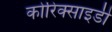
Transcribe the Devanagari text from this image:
कोरिक्साइडी